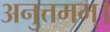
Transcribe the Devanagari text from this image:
अनुत्तमम्‌।